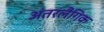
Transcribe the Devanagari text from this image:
अंतरलैंगिक